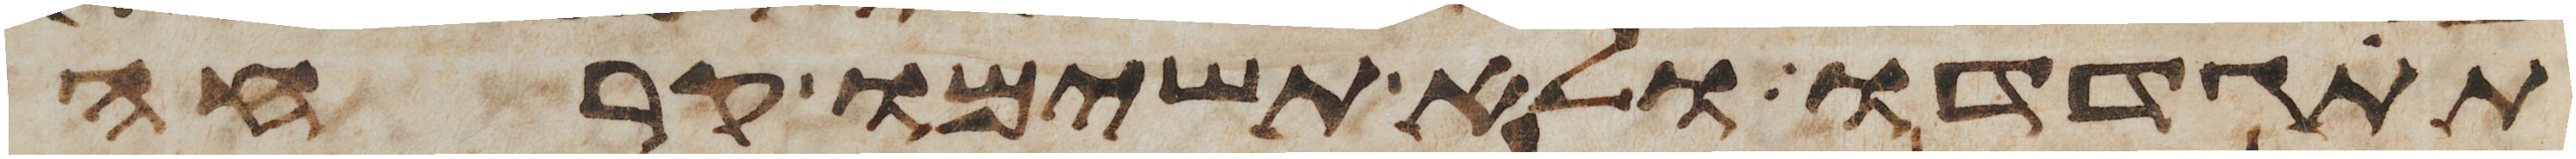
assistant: תתגדדו ולא תשימו קרחה